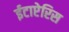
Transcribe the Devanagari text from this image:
ईटाप्टेरिस